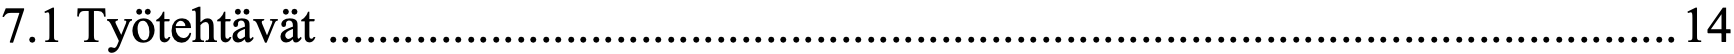
7.1 Työtehtävät ............................................................................................................ 14